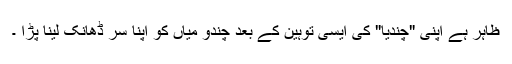
ظاہر ہے اپنی "چندیا" کی ایسی توہین کے بعد چندو میاں کو اپنا سر ڈھانک لینا پڑا ۔